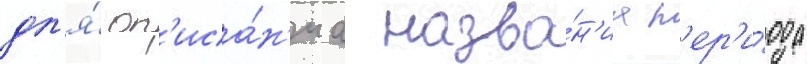
дл'я́ оп'иса́н'иа назва́н'иа п'ер'и́ода